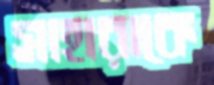
সাহারাকে